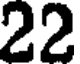
22